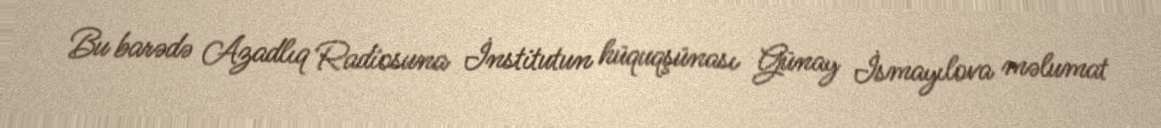
Bu barədə Azadlıq Radiosuna İnstitutun hüquqşünası Günay İsmayılova məlumat